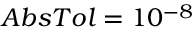
A b s T o l = 1 0 ^ { - 8 }